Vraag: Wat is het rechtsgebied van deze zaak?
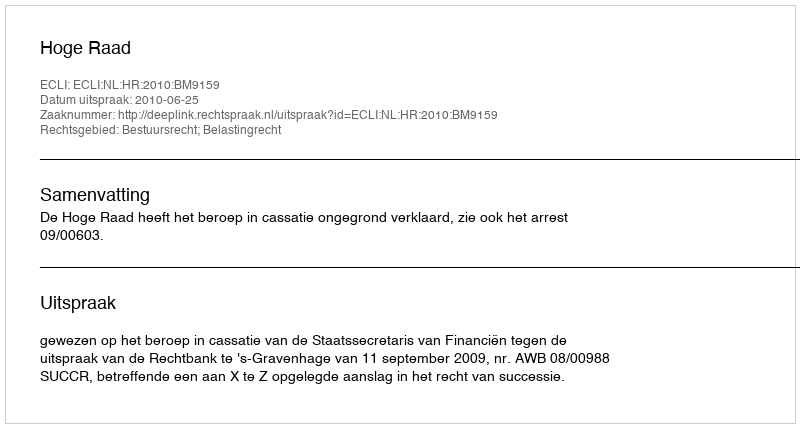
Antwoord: Bestuursrecht; Belastingrecht